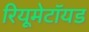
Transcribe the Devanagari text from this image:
रियूमेटॉयड